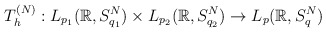
\begin{align*}T_h^{(N)}: L_{p_1}(\mathbb{R}, S_{q_1}^N ) \times L_{p_2}(\mathbb{R}, S_{q_2}^N ) \rightarrow L_{p}(\mathbb{R}, S_{q}^N )\end{align*}